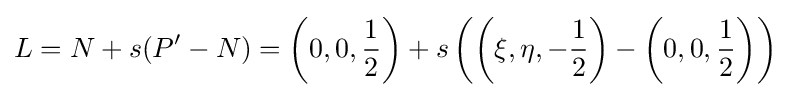
L=N+s(P'-N)=\left(0,0,{\frac {1}{2}}\right)+s\left(\left(\xi ,\eta ,-{\frac {1}{2}}\right)-\left(0,0,{\frac {1}{2}}\right)\right)